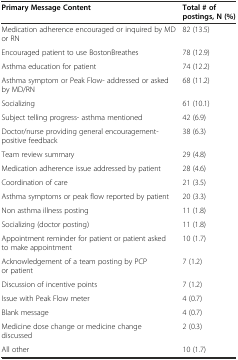
<table><thead><tr><td><b>Primary Message Content</b></td><td><b>Total # of postings, N (%)</b></td></tr></thead><tbody><tr><td>Medication adherence encouraged or inquired by MD or RN</td><td>82 (13.5)</td></tr><tr><td>Encouraged patient to use BostonBreathes</td><td>78 (12.9)</td></tr><tr><td>Asthma education for patient</td><td>74 (12.2)</td></tr><tr><td>Asthma symptom or Peak Flow- addressed or asked by MD/RN</td><td>68 (11.2)</td></tr><tr><td>Socializing</td><td>61 (10.1)</td></tr><tr><td>Subject telling progress- asthma mentioned</td><td>42 (6.9)</td></tr><tr><td>Doctor/nurse providing general encouragement- positive feedback</td><td>38 (6.3)</td></tr><tr><td>Team review summary</td><td>29 (4.8)</td></tr><tr><td>Medication adherence issue addressed by patient</td><td>28 (4.6)</td></tr><tr><td>Coordination of care</td><td>21 (3.5)</td></tr><tr><td>Asthma symptoms or peak flow reported by patient</td><td>20 (3.3)</td></tr><tr><td>Non asthma illness posting</td><td>11 (1.8)</td></tr><tr><td>Socializing (doctor posting)</td><td>11 (1.8)</td></tr><tr><td>Appointment reminder for patient or patient asked to make appointment</td><td>10 (1.7)</td></tr><tr><td>Acknowledgement of a team posting by PCP or patient</td><td>7 (1.2)</td></tr><tr><td>Discussion of incentive points</td><td>7 (1.2)</td></tr><tr><td>Issue with Peak Flow meter</td><td>4 (0.7)</td></tr><tr><td>Blank message</td><td>4 (0.7)</td></tr><tr><td>Medicine dose change or medicine change discussed</td><td>2 (0.3)</td></tr><tr><td>All other</td><td>10 (1.7)</td></tr></tbody></table>